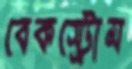
বেকস্ট্রোম